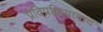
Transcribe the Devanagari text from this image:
प्रतिप्रक्रियावाद